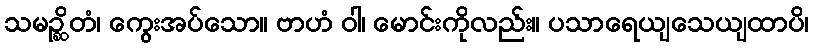
သမဉ္ဆိတံ၊ ကွေးအပ်သော။ ဗာဟံ ဝါ၊ မောင်းကိုလည်း။ ပသာရေယျသေယျထာပိ၊